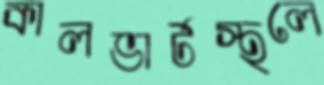
কালভার্টস্থলে